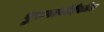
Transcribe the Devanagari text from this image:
पुरुषांनीदेखील